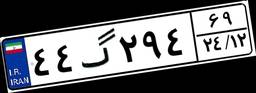
۴۴گ۲۹۴۶۹